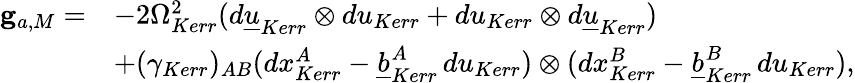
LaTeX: \begin{array}{rl}{{\mathbf g}_{a,M}=}&{-2\Omega_{Kerr}^{2}(d{\underline{{u}}}_{Kerr}\otimes du_{Kerr}+du_{Kerr}\otimes d{\underline{{u}}}_{Kerr})}\\ &{+(\gamma_{Kerr})_{AB}(dx_{Kerr}^{A}-\underline{{b}}_{Kerr}^{A}\, du_{Kerr})\otimes(dx_{Kerr}^{B}-\underline{{b}}_{Kerr}^{B}\, du_{Kerr}),}\end{array}